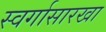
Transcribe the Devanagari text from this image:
स्वर्गासारखा